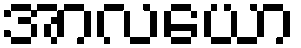
အာလယော